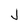
Character: J